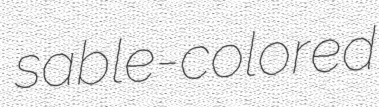
sable-colored